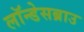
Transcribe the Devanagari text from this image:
लॉन्डेसब्राउ